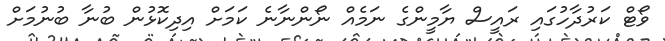
ވޯޓް ކަރުދާހުގައި ރައީސް ޔާމީންގެ ނަމެއް ނޯންނާނެ ކަމަށް އިދިކޮޅުން ބުނާ ބުނުމަށް